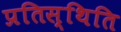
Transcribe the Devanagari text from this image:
प्रतिस्थिति